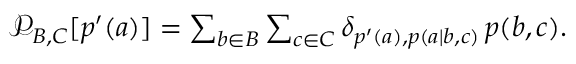
\begin{array} { r } { \mathcal { P } _ { B , C } [ p ^ { \prime } ( a ) ] = \sum _ { b \in B } \sum _ { c \in C } \delta _ { p ^ { \prime } ( a ) , p ( a | b , c ) } \, p ( b , c ) . } \end{array}